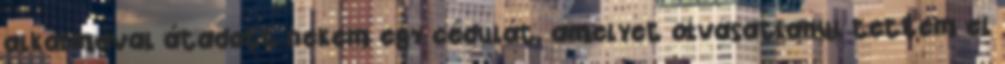
alkalmával átadott nekem egy cé­dulát, amelyet olvasatlanul tettem el